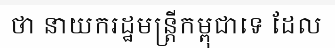
ថា នាយករដ្ឋមន្ត្រីកម្ពុជាទេ ដែល